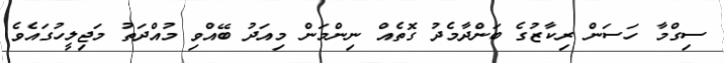
ސިގްމާ ހަސަން ރިކާޒުގެ ބަންދާމެދު ގޮތެއް ނިންމަން މިއަދު ބޭއްވި މުއްދަތު މަޖިލީހުގައެވެ.